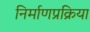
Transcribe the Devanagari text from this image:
निर्माणप्रक्रिया